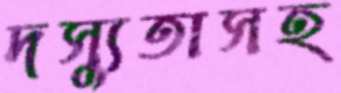
দস্যুতাসহ